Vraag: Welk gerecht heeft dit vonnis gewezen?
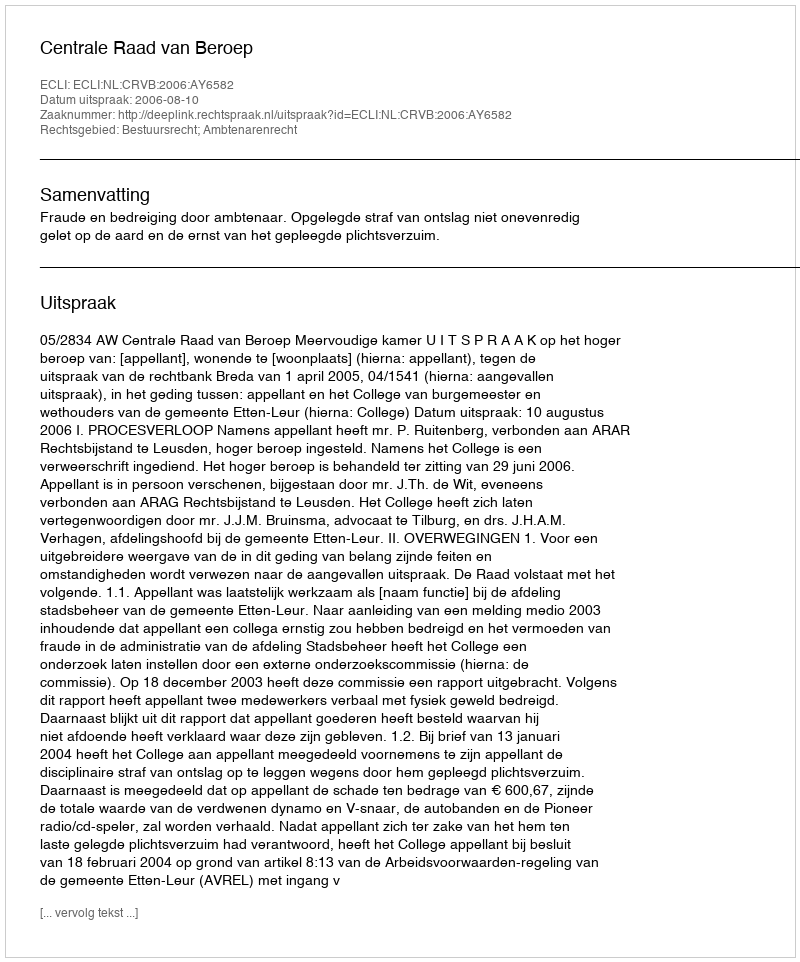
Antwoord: Centrale Raad van Beroep